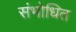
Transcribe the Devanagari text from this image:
संभोधित